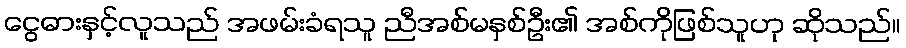
ငွေဓားနှင့်လူသည် အဖမ်းခံရသူ ညီအစ်မနှစ်ဦး၏ အစ်ကိုဖြစ်သူဟု ဆိုသည်။